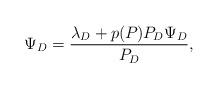
LaTeX: \begin{align*}\Psi_D = \frac{\lambda_D + p(P_{})P_D\Psi_D}{P_D},\end{align*}